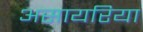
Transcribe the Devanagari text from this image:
असायरिया